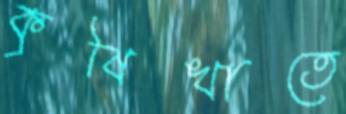
কৃষিখাতে